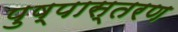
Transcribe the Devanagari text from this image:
पुष्पास्तरण